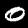
Digit: 0